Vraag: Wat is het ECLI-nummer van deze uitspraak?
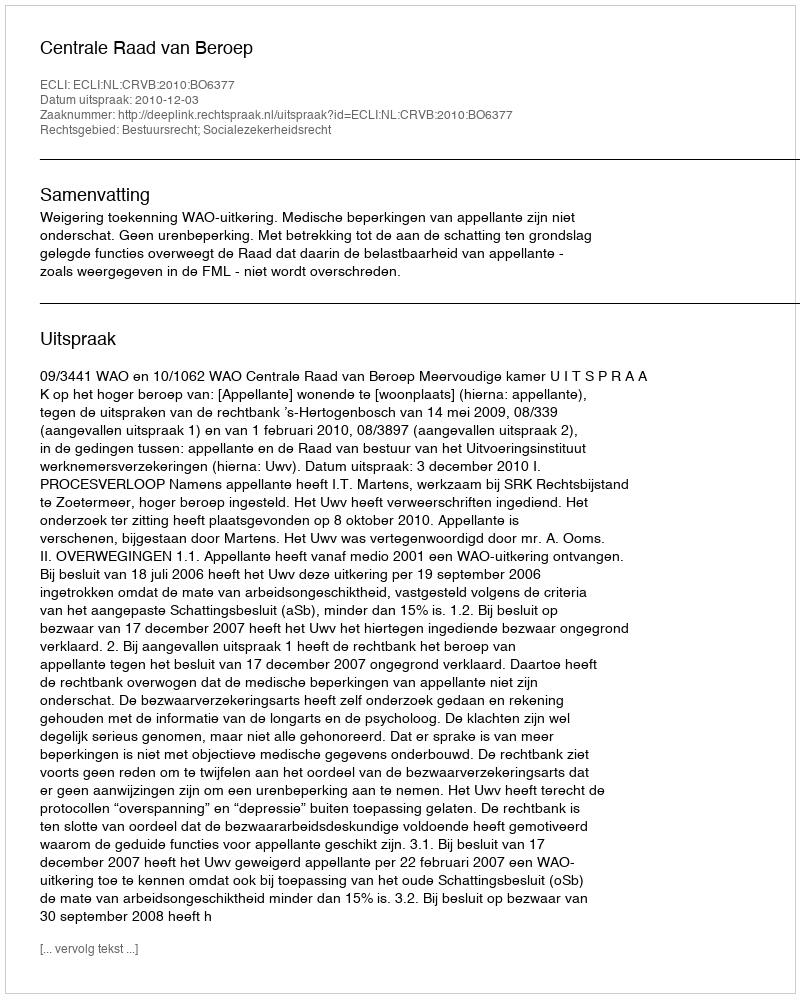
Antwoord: ECLI:NL:CRVB:2010:BO6377